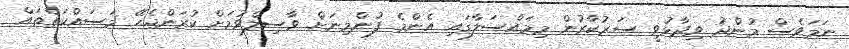
ނަމަވެސް މުންދު ވިދާޅުވީ ސަރުކާރުން މިމައްސަލާގައި އެންމެ ފުންމިނަށް ވާސިލްވުމަށް ކުރަންޖެހޭ މަސައްކަތްތައް